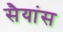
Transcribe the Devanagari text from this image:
सैयांस